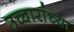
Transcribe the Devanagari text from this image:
उच्चारांच्या